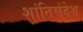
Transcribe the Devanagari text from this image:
शांतिसंदेश